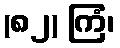
(၈၂) ကြံ၊